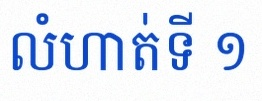
លំហាត់ទី ១